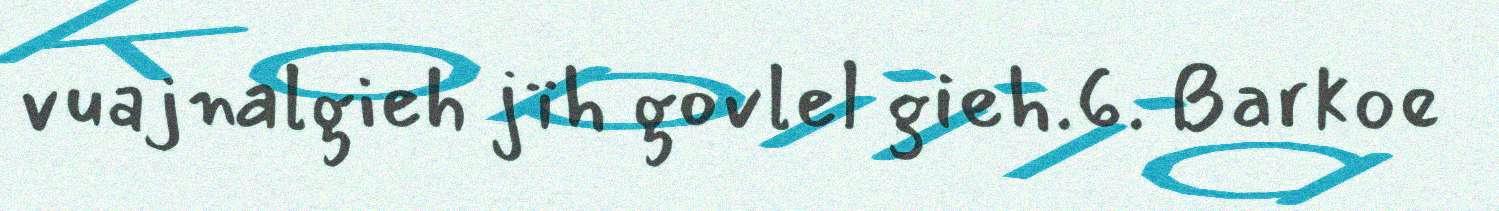
vuajnalgieh jïh govlel gieh.6. Barkoe